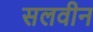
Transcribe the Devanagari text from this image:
सलवीन